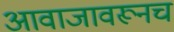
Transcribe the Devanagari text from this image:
आवाजावरूनच